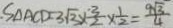
. S _ { \Delta A C D } = 3 \sqrt { 3 } \times \frac { \cdot 3 } { 2 } \times \frac { 1 } { 2 } = \frac { 9 \sqrt { . 3 } } { 4 }